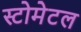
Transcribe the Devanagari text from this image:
स्टोमेटल